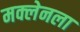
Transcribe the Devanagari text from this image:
मक्लेनला